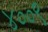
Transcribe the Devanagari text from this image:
४००९